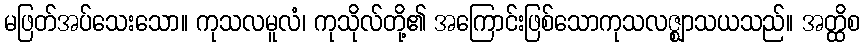
မဖြတ်အပ်သေးသော။ ကုသလမူလံ၊ ကုသိုလ်တို့၏ အကြောင်းဖြစ်သောကုသလဇ္ဈာသယသည်။ အတ္ထိစ